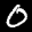
Label: 0